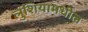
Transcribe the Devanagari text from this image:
लुशियामधील